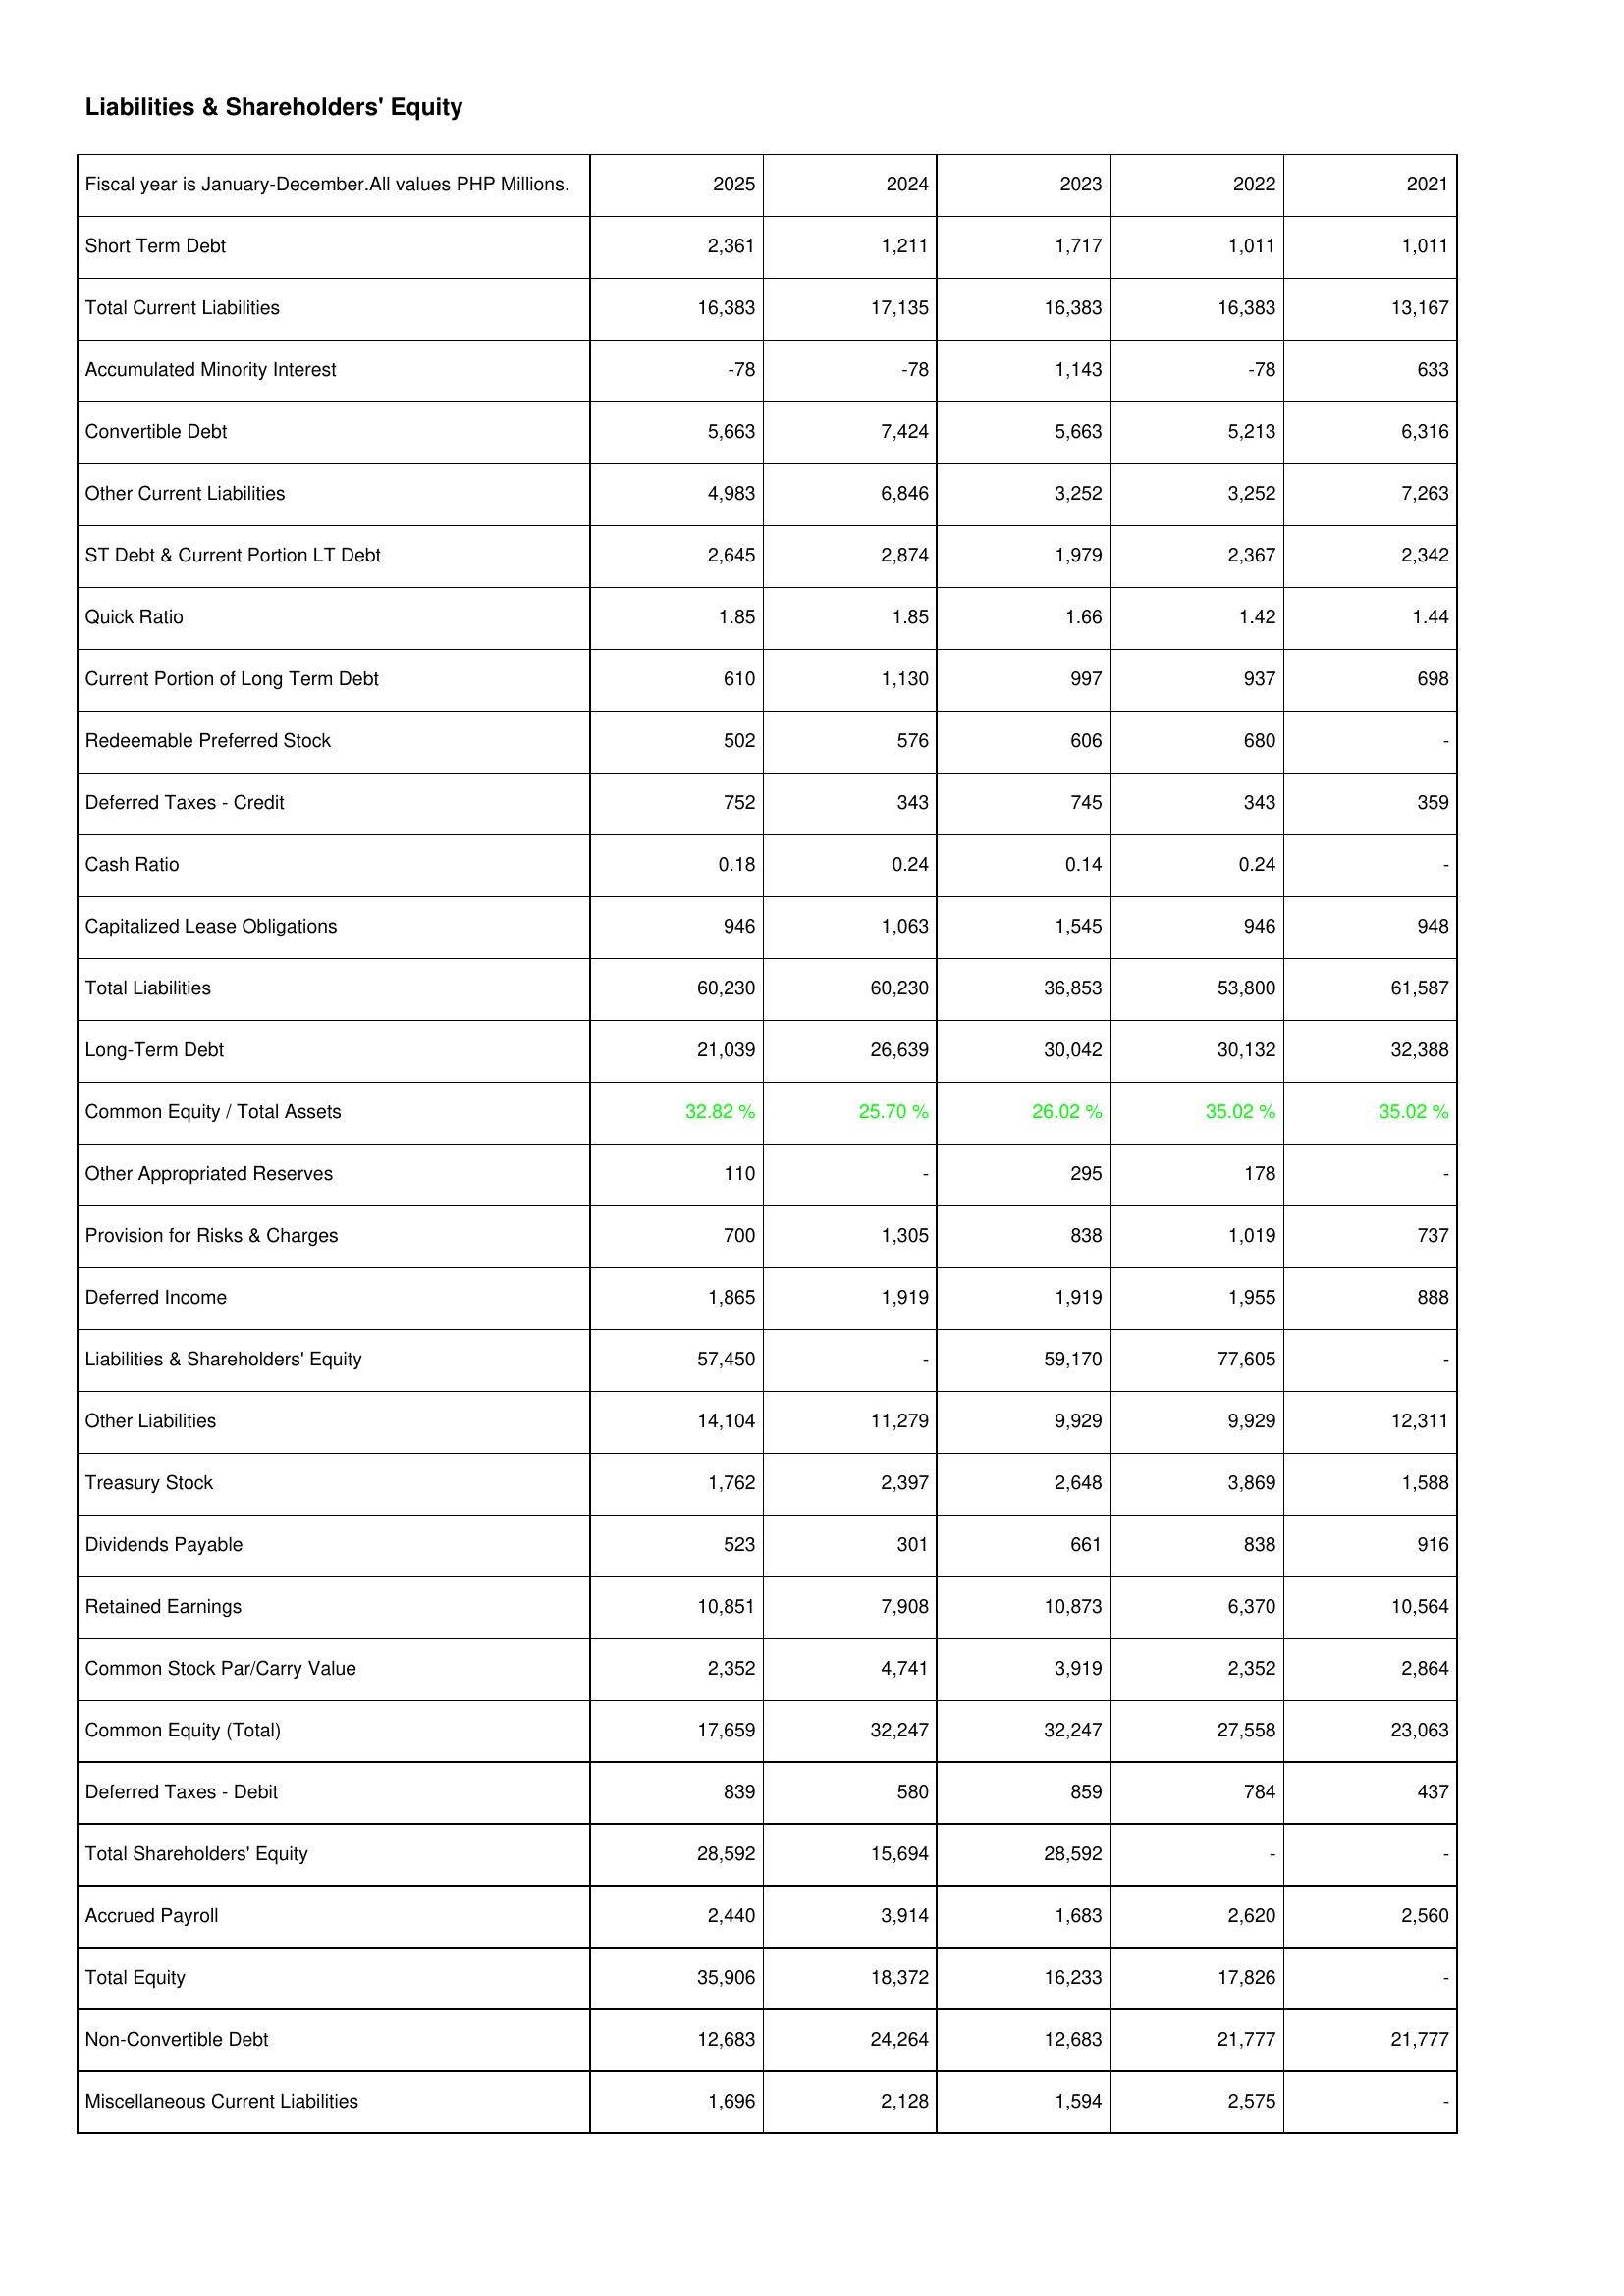
2025: Liabilities & Shareholders' Equity: Short Term Debt: 2,361
Total Current Liabilities: 16,383
Accumulated Minority Interest: -78
Convertible Debt: 5,663
Other Current Liabilities: 4,983
ST Debt & Current Portion LT Debt: 2,645
Quick Ratio: 1.85
Current Portion of Long Term Debt: 610
Redeemable Preferred Stock: 502
Deferred Taxes - Credit: 752
Cash Ratio: 0.18
Capitalized Lease Obligations: 946
Total Liabilities: 60,230
Long-Term Debt: 21,039
Common Equity / Total Assets: 32.82 %
Other Appropriated Reserves: 110
Provision for Risks & Charges: 700
Deferred Income: 1,865
Liabilities & Shareholders' Equity: 57,450
Other Liabilities: 14,104
Treasury Stock: 1,762
Dividends Payable: 523
Retained Earnings: 10,851
Common Stock Par/Carry Value: 2,352
Common Equity (Total): 17,659
Deferred Taxes - Debit: 839
Total Shareholders' Equity: 28,592
Accrued Payroll: 2,440
Total Equity: 35,906
Non-Convertible Debt: 12,683
Miscellaneous Current Liabilities: 1,696
2024: Liabilities & Shareholders' Equity: Short Term Debt: 1,211
Total Current Liabilities: 17,135
Accumulated Minority Interest: -78
Convertible Debt: 7,424
Other Current Liabilities: 6,846
ST Debt & Current Portion LT Debt: 2,874
Quick Ratio: 1.85
Current Portion of Long Term Debt: 1,130
Redeemable Preferred Stock: 576
Deferred Taxes - Credit: 343
Cash Ratio: 0.24
Capitalized Lease Obligations: 1,063
Total Liabilities: 60,230
Long-Term Debt: 26,639
Common Equity / Total Assets: 25.70 %
Other Appropriated Reserves: -
Provision for Risks & Charges: 1,305
Deferred Income: 1,919
Liabilities & Shareholders' Equity: -
Other Liabilities: 11,279
Treasury Stock: 2,397
Dividends Payable: 301
Retained Earnings: 7,908
Common Stock Par/Carry Value: 4,741
Common Equity (Total): 32,247
Deferred Taxes - Debit: 580
Total Shareholders' Equity: 15,694
Accrued Payroll: 3,914
Total Equity: 18,372
Non-Convertible Debt: 24,264
Miscellaneous Current Liabilities: 2,128
2023: Liabilities & Shareholders' Equity: Short Term Debt: 1,717
Total Current Liabilities: 16,383
Accumulated Minority Interest: 1,143
Convertible Debt: 5,663
Other Current Liabilities: 3,252
ST Debt & Current Portion LT Debt: 1,979
Quick Ratio: 1.66
Current Portion of Long Term Debt: 997
Redeemable Preferred Stock: 606
Deferred Taxes - Credit: 745
Cash Ratio: 0.14
Capitalized Lease Obligations: 1,545
Total Liabilities: 36,853
Long-Term Debt: 30,042
Common Equity / Total Assets: 26.02 %
Other Appropriated Reserves: 295
Provision for Risks & Charges: 838
Deferred Income: 1,919
Liabilities & Shareholders' Equity: 59,170
Other Liabilities: 9,929
Treasury Stock: 2,648
Dividends Payable: 661
Retained Earnings: 10,873
Common Stock Par/Carry Value: 3,919
Common Equity (Total): 32,247
Deferred Taxes - Debit: 859
Total Shareholders' Equity: 28,592
Accrued Payroll: 1,683
Total Equity: 16,233
Non-Convertible Debt: 12,683
Miscellaneous Current Liabilities: 1,594
2022: Liabilities & Shareholders' Equity: Short Term Debt: 1,011
Total Current Liabilities: 16,383
Accumulated Minority Interest: -78
Convertible Debt: 5,213
Other Current Liabilities: 3,252
ST Debt & Current Portion LT Debt: 2,367
Quick Ratio: 1.42
Current Portion of Long Term Debt: 937
Redeemable Preferred Stock: 680
Deferred Taxes - Credit: 343
Cash Ratio: 0.24
Capitalized Lease Obligations: 946
Total Liabilities: 53,800
Long-Term Debt: 30,132
Common Equity / Total Assets: 35.02 %
Other Appropriated Reserves: 178
Provision for Risks & Charges: 1,019
Deferred Income: 1,955
Liabilities & Shareholders' Equity: 77,605
Other Liabilities: 9,929
Treasury Stock: 3,869
Dividends Payable: 838
Retained Earnings: 6,370
Common Stock Par/Carry Value: 2,352
Common Equity (Total): 27,558
Deferred Taxes - Debit: 784
Total Shareholders' Equity: -
Accrued Payroll: 2,620
Total Equity: 17,826
Non-Convertible Debt: 21,777
Miscellaneous Current Liabilities: 2,575
2021: Liabilities & Shareholders' Equity: Short Term Debt: 1,011
Total Current Liabilities: 13,167
Accumulated Minority Interest: 633
Convertible Debt: 6,316
Other Current Liabilities: 7,263
ST Debt & Current Portion LT Debt: 2,342
Quick Ratio: 1.44
Current Portion of Long Term Debt: 698
Redeemable Preferred Stock: -
Deferred Taxes - Credit: 359
Cash Ratio: -
Capitalized Lease Obligations: 948
Total Liabilities: 61,587
Long-Term Debt: 32,388
Common Equity / Total Assets: 35.02 %
Other Appropriated Reserves: -
Provision for Risks & Charges: 737
Deferred Income: 888
Liabilities & Shareholders' Equity: -
Other Liabilities: 12,311
Treasury Stock: 1,588
Dividends Payable: 916
Retained Earnings: 10,564
Common Stock Par/Carry Value: 2,864
Common Equity (Total): 23,063
Deferred Taxes - Debit: 437
Total Shareholders' Equity: -
Accrued Payroll: 2,560
Total Equity: -
Non-Convertible Debt: 21,777
Miscellaneous Current Liabilities: -